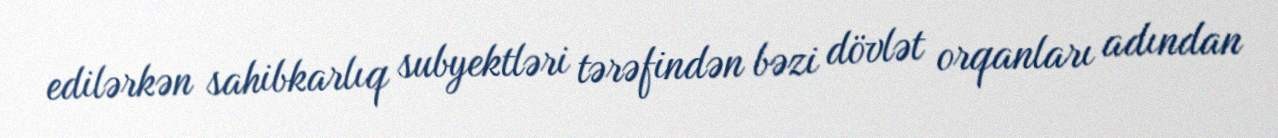
edilərkən sahibkarlıq subyektləri tərəfindən bəzi dövlət orqanları adından